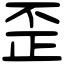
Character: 歪